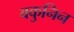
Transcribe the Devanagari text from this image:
बकुनिन